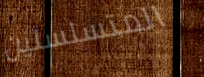
المتسلسلين